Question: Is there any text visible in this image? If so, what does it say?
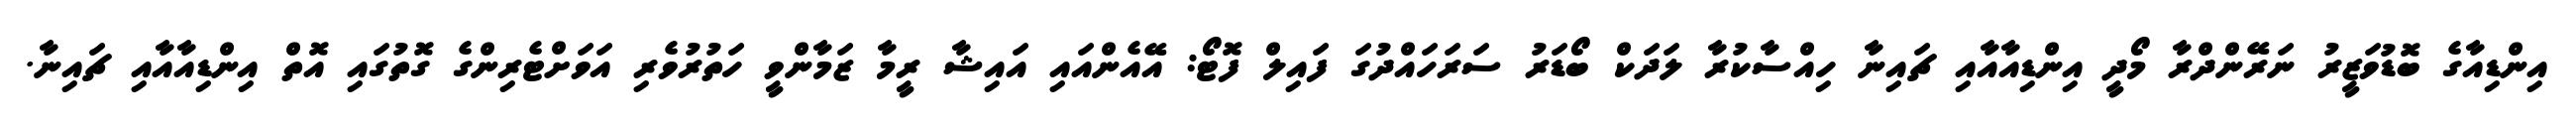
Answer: އިންޑިއާގެ ބޮޑުވަޒީރު ނަރޭންދްރާ މޯދީ އިންޑިއާއާއި ޗައިނާ ހިއްސާކުރާ ލަދަކް ބޯޑަރު ސަރަހައްދުގަ ފައިލް ފޮޓޯ: އޭއެންއައި އައިޝާ ރީމާ ޒަމާންވީ ހަތުރުވެރި އަވަށްޓެރިންގެ ގޮތުގައި އޮތް އިންޑިއާއާއި ޗައިނާ.